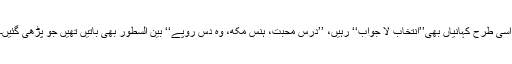
اسی طرح کہانیاں بھی’’انتخابِ لا جواب‘‘ رہیں، ’’درس محبت، ہنس مکھ، وہ دس روپے‘‘ بین السطور بھی باتیں تھیں جو پڑھی گئیں۔